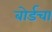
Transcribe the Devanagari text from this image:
बोर्डचा